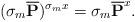
LaTeX: \begin{align*} (\sigma_{m} \overline{\mathbf{P}})^{\sigma_{m}x} = \sigma_{m} \overline{\mathbf{P}}^{x}.\end{align*}